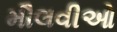
મૌલવીઓ